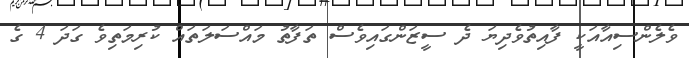
ވެލެންސިއާއަކީ ފާއިތުވެދިޔަ ދެ ސީޒަންގައިވެސް ތަފާތު މައްސަލަތައް ކުރިމަތިވެ ގަދަ 4 ގެ